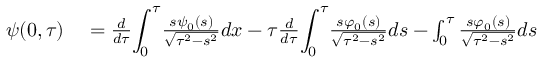
\begin{array} { r l } { \psi ( 0 , \tau ) } & { { } = \frac { d } { d \tau } { \displaystyle \int _ { 0 } ^ { \tau } } \frac { s \psi _ { 0 } \left( s \right) } { \sqrt { \tau ^ { 2 } - s ^ { 2 } } } d x - \tau \frac { d } { d \tau } { \displaystyle \int _ { 0 } ^ { \tau } } \frac { s \varphi _ { 0 } ( s ) } { \sqrt { \tau ^ { 2 } - s ^ { 2 } } } d s - \int _ { 0 } ^ { \tau } \frac { s \varphi _ { 0 } ( s ) } { \sqrt { \tau ^ { 2 } - s ^ { 2 } } } d s } \end{array}